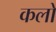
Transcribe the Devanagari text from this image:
कलो